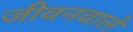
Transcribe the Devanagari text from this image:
जीवनवाले